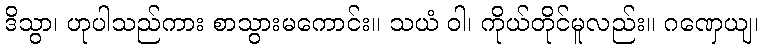
ဒိသွာ၊ ဟုပါသည်ကား စာသွားမကောင်း။ သယံ ဝါ၊ ကိုယ်တိုင်မူလည်း။ ဂဏှေယျ၊